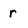
Character: r